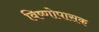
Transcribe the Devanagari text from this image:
विष्णोपासक